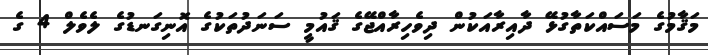
މަޤާމުގެ މަސައްކަތާގުޅޭ ދާއިރާއަކުން ދިވެހިރާއްޖޭގެ ޤައުމީ ސަނަދުތަކުގެ އޮނިގަނޑުގެ ލެވެލް 4 ގެ